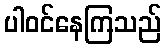
ပါဝင်နေကြသည်